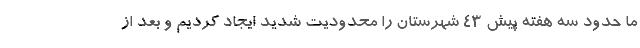
ما حدود سه هفته پیش ۴۳ شهرستان را محدودیت شدید ایجاد کردیم و بعد از